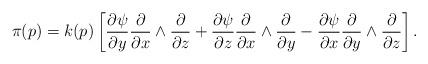
LaTeX: \begin{align*}\pi(p)=k(p)\left[\frac{\partial \psi}{\partial y} \frac{\partial }{\partial x}\wedge \frac{\partial }{\partial z}+\frac{\partial \psi}{\partial z} \frac{\partial }{\partial x}\wedge \frac{\partial }{\partial y}-\frac{\partial \psi}{\partial x} \frac{\partial }{\partial y}\wedge \frac{\partial }{\partial z}\right].\end{align*}